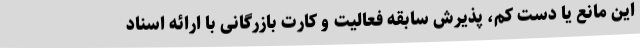
این مانع یا دست کم، پذیرش سابقه فعالیت و کارت بازرگانی با ارائه اسناد